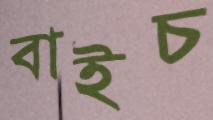
বাইচ